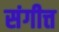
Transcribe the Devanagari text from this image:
संगीत्त